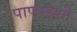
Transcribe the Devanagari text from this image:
पाणम्हशी